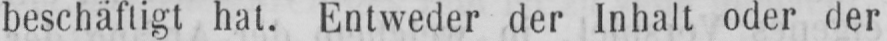
beschäftigt hat. Entweder der Inhalt oder der